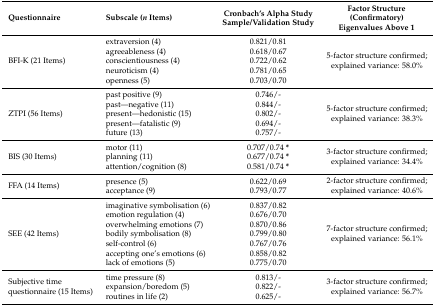
<table><thead><tr><td><b>Questionnaire</b></td><td><b>Subscale (<i>n</i> Items)</b></td><td><b>Cronbach’s Alpha Study Sample/Validation Study</b></td><td><b>Factor Structure (Confirmatory) Eigenvalues Above 1</b></td></tr></thead><tbody><tr><td rowspan="5">BFI-K (21 Items)</td><td>extraversion (4)</td><td>0.821/0.81</td><td rowspan="5">5-factor structure confirmed; explained variance: 58.0%</td></tr><tr><td>agreeableness (4)</td><td>0.618/0.67</td></tr><tr><td>conscientiousness (4)</td><td>0.722/0.62</td></tr><tr><td>neuroticism (4)</td><td>0.781/0.65</td></tr><tr><td>openness (5)</td><td>0.703/0.70</td></tr><tr><td rowspan="5">ZTPI (56 Items)</td><td>past positive (9)</td><td>0.746/-</td><td rowspan="5">5-factor structure confirmed; explained variance: 38.3%</td></tr><tr><td>past—negative (11)</td><td>0.844/-</td></tr><tr><td>present—hedonistic (15)</td><td>0.802/-</td></tr><tr><td>present—fatalistic (9)</td><td>0.694/-</td></tr><tr><td>future (13)</td><td>0.757/-</td></tr><tr><td rowspan="3">BIS (30 Items)</td><td>motor (11)</td><td>0.707/0.74 <b>*</b></td><td rowspan="3">3-factor structure confirmed; explained variance: 34.4%</td></tr><tr><td>planning (11)</td><td>0.677/0.74 <b>*</b></td></tr><tr><td>attention/cognition (8)</td><td>0.581/0.74 <b>*</b></td></tr><tr><td rowspan="2">FFA (14 Items)</td><td>presence (5)</td><td>0.622/0.69</td><td rowspan="2">2-factor structure confirmed; explained variance: 40.6%</td></tr><tr><td>acceptance (9)</td><td>0.793/0.77</td></tr><tr><td rowspan="7">SEE (42 Items)</td><td>imaginative symbolisation (6)</td><td>0.837/0.82</td><td rowspan="7">7-factor structure confirmed; explained variance: 56.1%</td></tr><tr><td>emotion regulation (4)</td><td>0.676/0.70</td></tr><tr><td>overwhelming emotions (7)</td><td>0.870/0.86</td></tr><tr><td>bodily symbolisation (8)</td><td>0.799/0.80</td></tr><tr><td>self-control (6)</td><td>0.767/0.76</td></tr><tr><td>accepting one’s emotions (6)</td><td>0.858/0.82</td></tr><tr><td>lack of emotions (5)</td><td>0.775/0.70</td></tr><tr><td rowspan="3">Subjective time questionnaire (15 Items)</td><td>time pressure (8)</td><td>0.813/-</td><td rowspan="3">3-factor structure confirmed; explained variance: 56.7%</td></tr><tr><td>expansion/boredom (5)</td><td>0.822/-</td></tr><tr><td>routines in life (2)</td><td>0.625/-</td></tr></tbody></table>